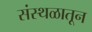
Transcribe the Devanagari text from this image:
संस्थळातून